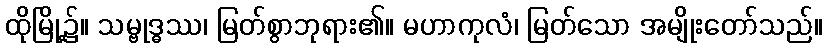
ထိုမြို့၌။ သမ္ဗုဒ္ဓဿ၊ မြတ်စွာဘုရား၏။ မဟာကုလံ၊ မြတ်သော အမျိုးတော်သည်။